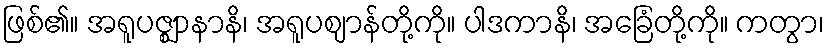
ဖြစ်၏။ အရူပဇ္ဈာနာနိ၊ အရူပဈာန်တို့ကို။ ပါဒကာနိ၊ အခြေံတို့ကို။ ကတွာ၊